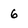
Character: 6